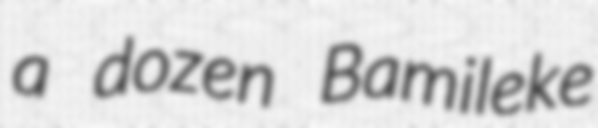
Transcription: a dozen Bamileke